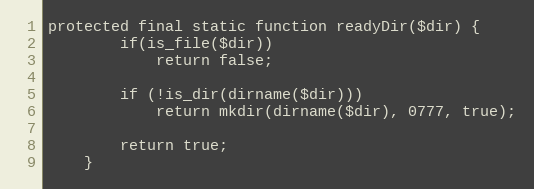
Language: PHP
protected final static function readyDir($dir) {
		if(is_file($dir))
			return false;

		if (!is_dir(dirname($dir)))
			return mkdir(dirname($dir), 0777, true);

		return true;
	}